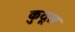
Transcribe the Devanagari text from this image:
कुदूस